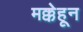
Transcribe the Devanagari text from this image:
मक्केहून